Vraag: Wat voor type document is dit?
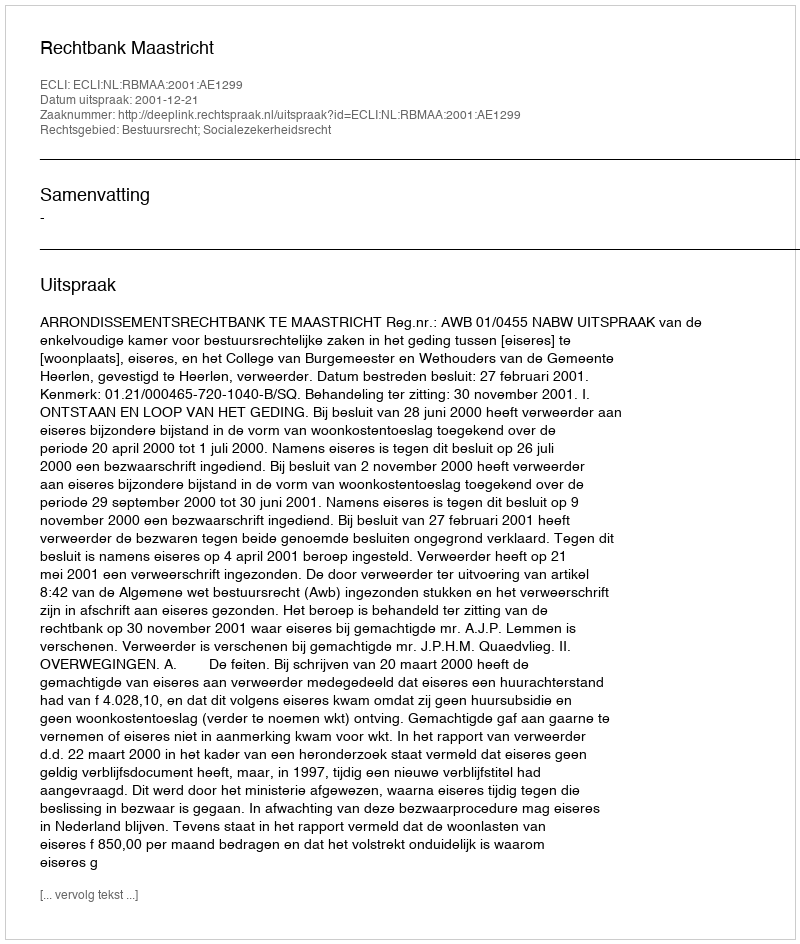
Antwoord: Uitspraak